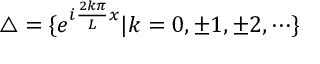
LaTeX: \triangle = \{ e ^ { i \frac { 2 k \pi } L x } | k = 0 , \pm 1 , \pm 2 , \cdots \}